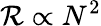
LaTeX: \mathcal{R}\propto N^{2}